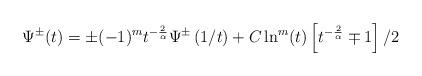
LaTeX: \begin{align*}\Psi^\pm(t)=\pm(-1)^{m}{t}^{-\frac{2}{\alpha}}\Psi^\pm\left(1/t\right)+{C}\ln^{m}(t)\left[{t}^{-\frac{2}{\alpha}}\mp1\right]/{2}\end{align*}